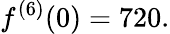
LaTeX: f^{(6)}(0)=720.